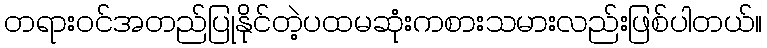
တရားဝင်အတည်ပြုနိုင်တဲ့ပထမဆုံးကစားသမားလည်းဖြစ်ပါတယ်။